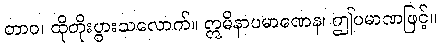
တာဝ၊ ထိုတိုးပွားသလောက်။ ဣမိနာပမာဏေန၊ ဤပမာဏဖြင့်။